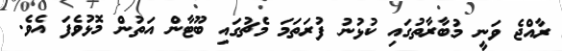
ރާއްޖެ ވަނީ މުބާރާތުގައި ކުޅުނު ފުރަތަމަ މެޗުގައި ބޫޓާން އަތުން މޮޅުވެފަ އެވެ.